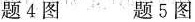
题 4 图 题 5 图